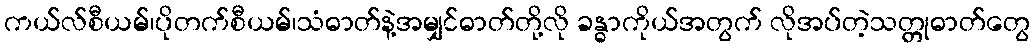
ကယ်လ်စီယမ်၊ပိုတက်စီယမ်၊သံဓာတ်နဲ့အမျှင်ဓာတ်တို့လို ခန္ဓာကိုယ်အတွက် လိုအပ်တဲ့သတ္တုဓာတ်တွေ